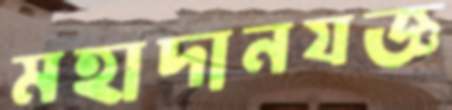
মহাদানযজ্ঞ